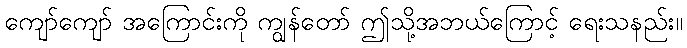
ကျော်ကျော် အကြောင်းကို ကျွန်တော် ဤသို့အဘယ်ကြောင့် ရေးသနည်း။